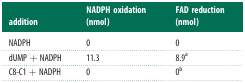
<table><thead><tr><td><b>addition</b></td><td><b>NADPH oxidation (nmol)</b></td><td><b>FAD reduction (nmol)</b></td></tr></thead><tbody><tr><td>NADPH</td><td>0</td><td>0</td></tr><tr><td>dUMP + NADPH</td><td>11.3</td><td>8.9<sup>a</sup></td></tr><tr><td>C8-C1 + NADPH</td><td>0</td><td>0<sup>b</sup></td></tr></tbody></table>